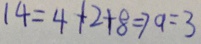
1 4 = 4 + 2 + 8 \Rightarrow a = 3